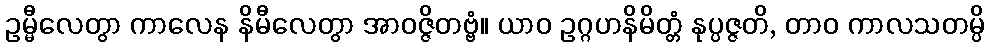
ဥမ္မီလေတွာ ကာလေန နိမီလေတွာ အာဝဇ္ဇိတဗ္ဗံ။ ယာဝ ဥဂ္ဂဟနိမိတ္တံ နုပ္ပဇ္ဇတိ, တာဝ ကာလသတမ္ပိ